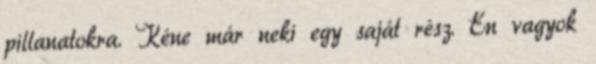
pillanatokra. Kéne már neki egy saját rész. Én vagyok